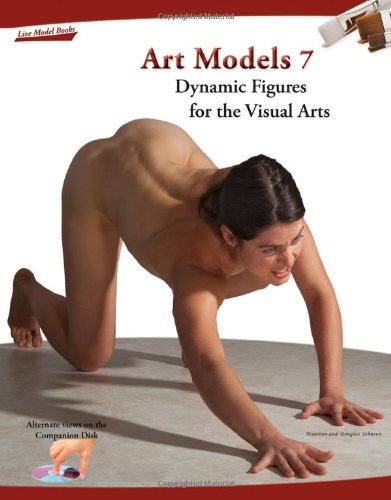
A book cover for Art Models 7: Dynamic Figures for the Visual Arts (Art Models series); Maureen Johnson; Arts & Photography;